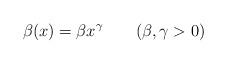
LaTeX: \begin{align*}\beta(x)=\beta x^\gamma\qquad(\beta,\gamma>0)\end{align*}